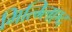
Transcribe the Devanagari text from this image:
मित्ग्लिएद